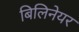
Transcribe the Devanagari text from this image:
बिलिनेयर